Vaccination United Provinces of Agra and Oudh 1923-1928 - 1923-1928
Year: 1923
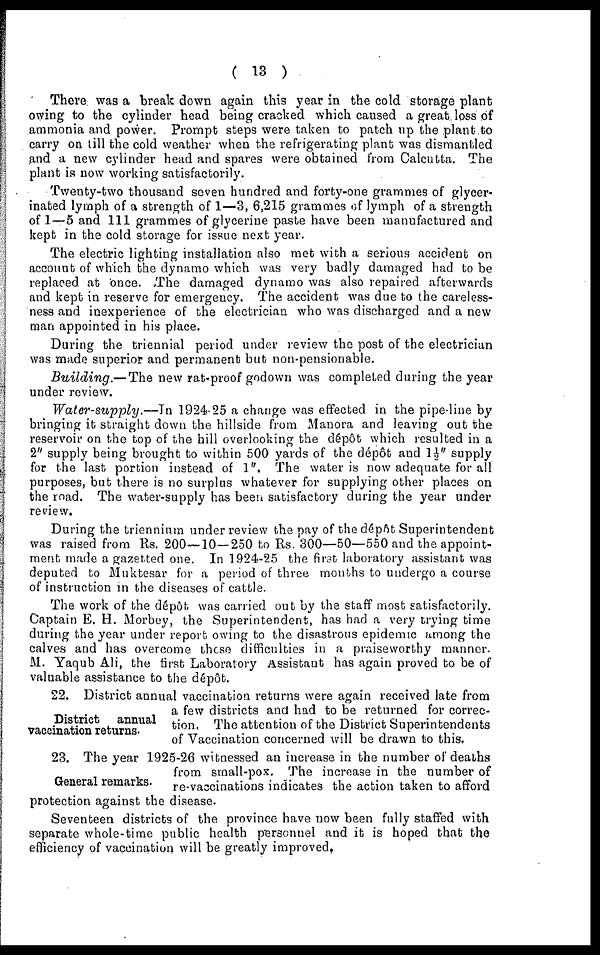
( 13 )
There was a break down again this year in the cold storage plant
owing to the cylinder head being cracked which caused a great loss of
ammonia and power. Prompt steps were taken to patch up the plant to
carry on till the cold weather when the refrigerating plant was dismantled
and a new cylinder head and spares were obtained from Calcutta. The
plant is now working satisfactorily.
Twenty-two thousand seven hundred and forty-one grammes of glycer¬
inated lymph of a strength of 1—3, 6,215 grammes of lymph of a strength
of 1—5 and 111 grammes of glycerine paste have been manufactured and
kept in the cold storage for issue next year.
The electric lighting installation also met with a serious accident on
account of which the dynamo which was very badly damaged had to be
replaced at once. The damaged dynamo was also repaired afterwards
and kept in reserve for emergency. The accident was due to the careless-
ness and inexperience of the electrician who was discharged and a new
man appointed in his place.
During the triennial period under review the post of the electrician
was made superior and permanent but non-pensionable.
Building.— The new rat-proof godown was completed during the year
under review.
Water-supply.—In
1924-25 a change was effected in the pipe-line by
bringing it straight down the hillside from Manora and leaving out the
reservoir on the top of the hill overlooking the dépôt which resulted in a
2" supply being brought to within 500 yards of the dépôt and 1½" supply
for the last portion instead of 1". The water is now adequate for all
purposes, but there is no surplus whatever for supplying other places on
the road. The water-supply has been satisfactory during the year under
review.
During the triennium under review the pay of the dépôt Superintendent
was raised from Rs. 200—10—250 to Rs. 300—50—550 and the appoint-
ment made a gazetted one. In 1924-25 the first laboratory assistant was
deputed to Muktesar for a period of three months to undergo a course
of instruction in the diseases of cattle.
The work of the dépôt was carried out by the staff most satisfactorily.
Captain E. H. Morbey, the Superintendent, has had a very trying time
during the year under report owing to the disastrous epidemic among the
calves and has overcome these difficulties in a praiseworthy manner.
M. Yaqub Ali, the first Laboratory Assistant has again proved to be of
valuable assistance to the dépôt.
District annual
vaccination returns.
22. District annual vaccination returns were again received late from
a few districts and had to be returned for correc-
tion. The attention of the District Superintendents
of Vaccination concerned will be drawn to this.
General remarks.
23. The year 1925-26 witnessed an increase in the number of deaths
from small-pox. The increase in the number of
re-vaccinations indicates the action taken to afford
protection against the disease.
Seventeen districts of the province have now been fully staffed with
separate whole-time public health personnel and it is hoped that the
efficiency of vaccination will be greatly improved.